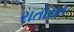
રાતોરાત